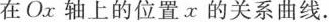
在O_{x}轴上的位置x的关系曲线。